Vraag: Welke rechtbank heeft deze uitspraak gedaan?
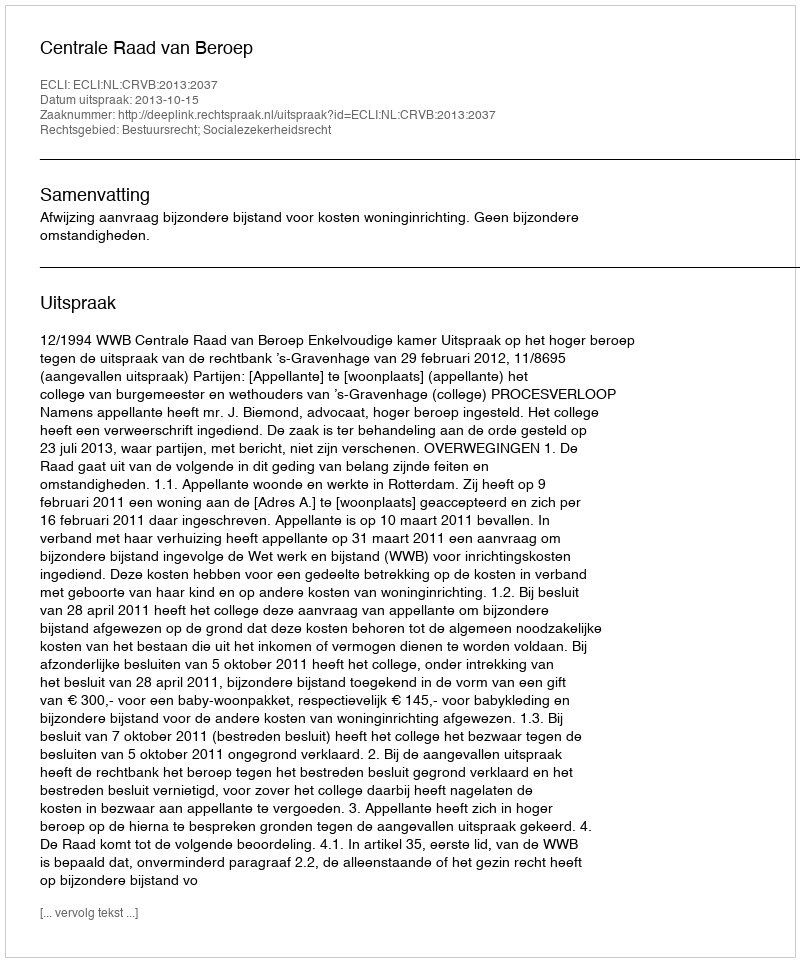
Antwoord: Centrale Raad van Beroep